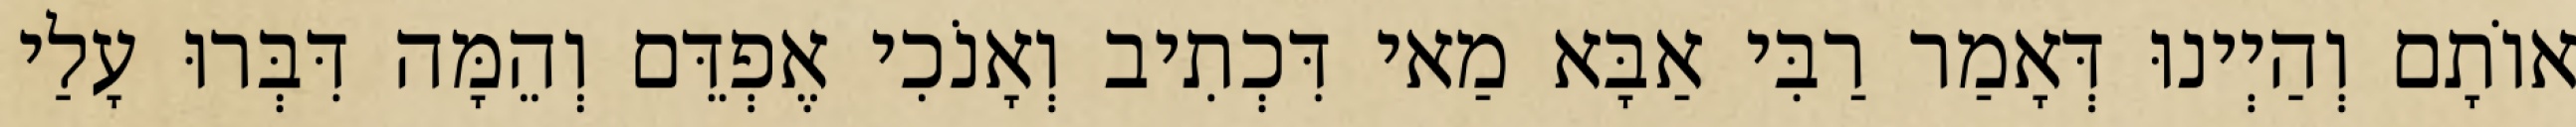
אוֹתָם וְהַיְינוּ דְּאָמַר רַבִּי אַבָּא מַאי דִּכְתִיב וְאָנֹכִי אֶפְדֵּם וְהֵמָּה דִּבְּרוּ עָלַי